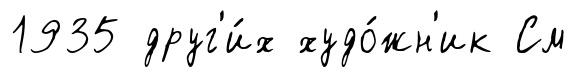
1935 друг'и́х худо́жн'ик См